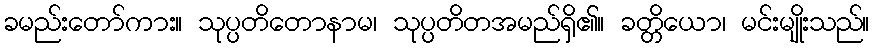
ခမည်းတော်ကား။ သုပ္ပတိတောနာမ၊ သုပ္ပတိတအမည်ရှိ၏။ ခတ္တိယော၊ မင်းမျိုးသည်။